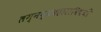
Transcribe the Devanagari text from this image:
लग्नव्यवहाराविषयी